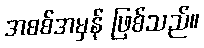
အစစ်အမှန် ဖြစ်သည်။